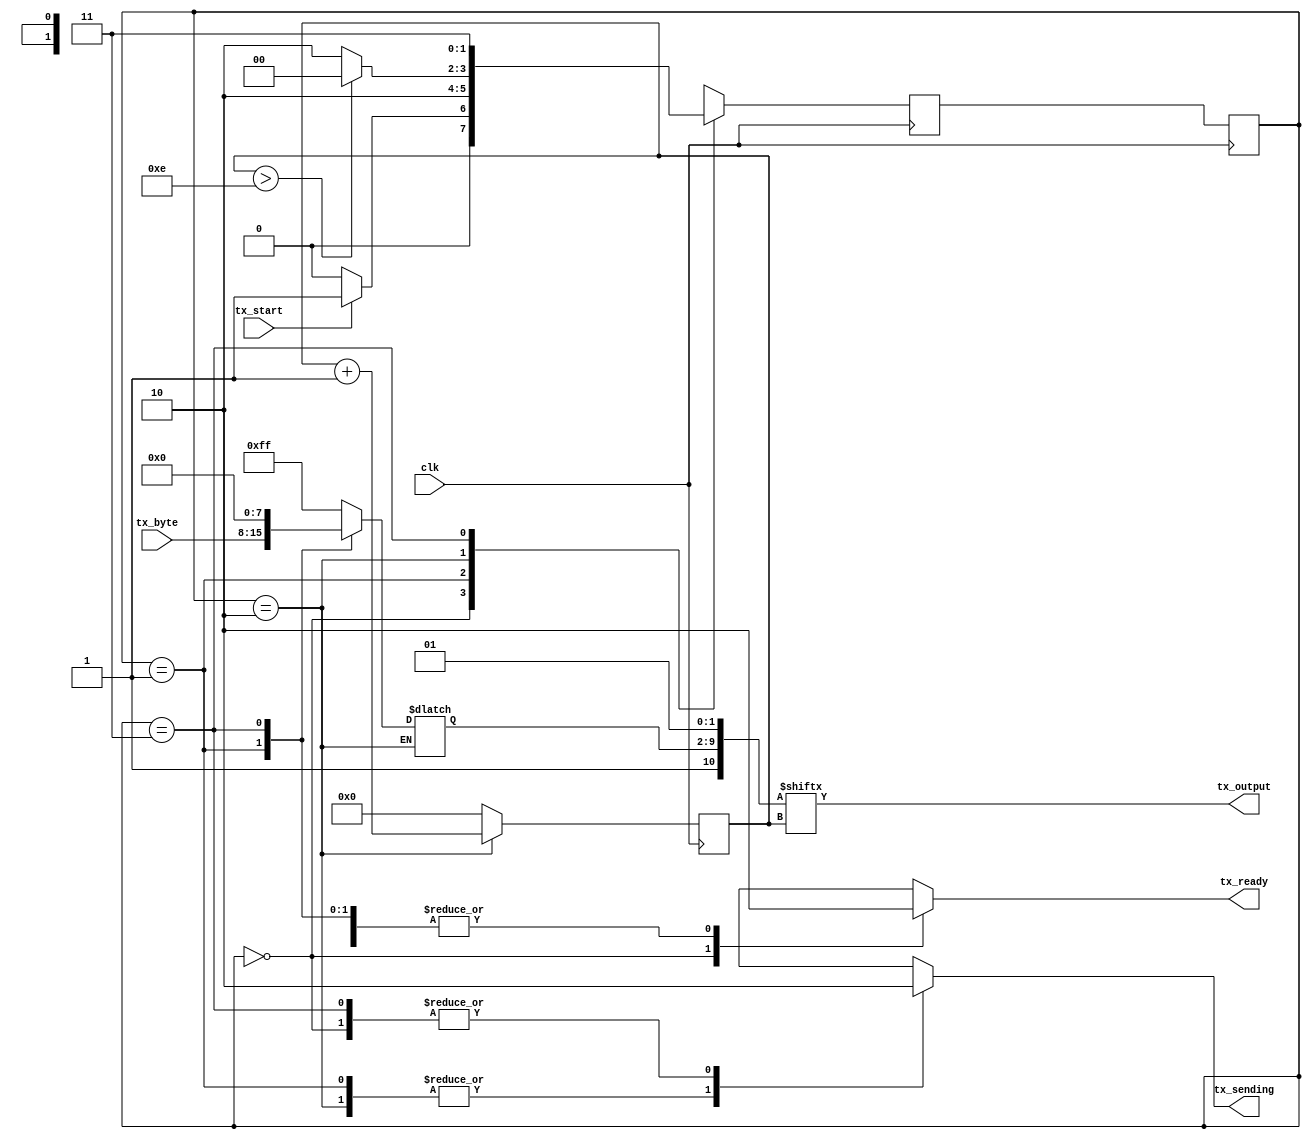
`timescale 1ns / 1ps
//////////////////////////////////////////////////////////////////////////////////
// Company: 
// Engineer: 
// 
// Design Name: 
// Module Name:    uart 
// Project Name: 
// Target Devices: 
// Tool versions: 
// Description: 
//
// Dependencies: 
//
// Revision: 
// Revision 0.01 - File Created
// Additional Comments: 
//
//////////////////////////////////////////////////////////////////////////////////
module uart(
		clk,
		tx_start,
		tx_ready,
		tx_byte,
		tx_sending,
		tx_output
    );

input clk;
input tx_start;
input [7:0] tx_byte;
output reg tx_ready;
output reg tx_sending;
output tx_output;

reg [7:0] tx_data;
wire [10:0] tx_full;
reg [1:0] tx_state;
reg [1:0] tx_next_state;
reg [3:0] tx_output_byte_index;

initial begin
	tx_ready <= 1;
	tx_state <= 0;
	tx_sending <= 0;
	tx_next_state <= 0;
	tx_output_byte_index <= 0;
	tx_data <= 0;
end

assign tx_full = {1'b1, tx_data[7:0], 1'b0, 1'b1};
assign tx_output = tx_full[tx_output_byte_index];

always @(posedge clk) begin
	case (tx_state)
		0: tx_next_state <= tx_start? 2'd1 : 2'd0;
		1: tx_next_state <= 2'd2;
		2: tx_next_state <= tx_output_byte_index > 14? 2'd0 : 2'd2;
		3: tx_next_state <= 3'd3;
	endcase
end

always @ (posedge clk) begin
	tx_state <= tx_next_state;
end

always @ (posedge clk) begin
	case (tx_state)
		2: tx_output_byte_index <= tx_output_byte_index+1;
		default: tx_output_byte_index <= 0;
	endcase
end

always @(*) begin
	case (tx_state)
		0: begin
				tx_ready <= 1;
				tx_sending <= 0;
				tx_data <= 8'd255;
			end
		1: begin
				tx_ready <= 0;
				tx_data <= tx_byte;
				tx_sending <= 1;
			end
		2: begin
				tx_ready <= 0;
				tx_data <= tx_data;
				tx_sending <= 1;
			end
		3: begin
				tx_ready <= 0;
				tx_sending <= 0;
				tx_data <= 8'd0;
			end
	endcase
end

endmodule